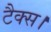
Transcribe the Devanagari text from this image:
टैक्स।